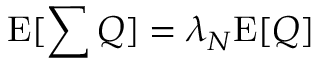
\mathrm { E } [ \sum { Q } ] = \lambda _ { N } \mathrm { E } [ Q ]